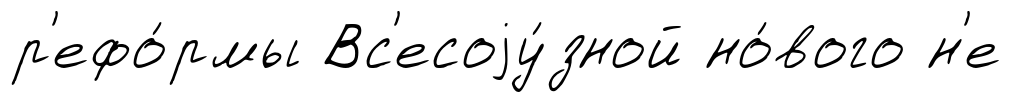
р'ефо́рмы Вс'есоjу́зной но́вого н'е